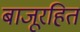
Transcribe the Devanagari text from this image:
बाजूरहित